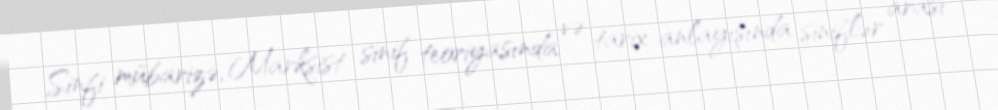
Sinfi mübarizə, Marksist sinif teoriyasında və tarix anlayışında siniflər arası